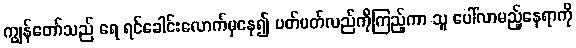
ကျွန်တော်သည် ရေ ရင်ခေါင်းလောက်မှနေ၍ ပတ်ပတ်လည်ကိုကြည့်ကာ သူ ပေါ်လာမည့်နေရာကို